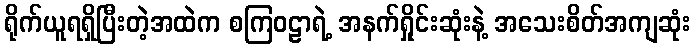
ရိုက်ယူရရှိပြီးတဲ့အထဲက စကြဝဠာရဲ့ အနက်ရှိုင်းဆုံးနဲ့ အသေးစိတ်အကျဆုံး